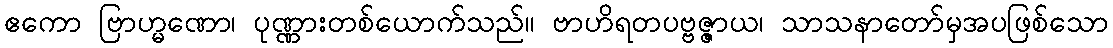
ဧကော ဗြာဟ္မဏော၊ ပုဏ္ဏားတစ်ယောက်သည်။ ဗာဟိရတပဗ္ဗဇ္ဇာယ၊ သာသနာတော်မှအပဖြစ်သော